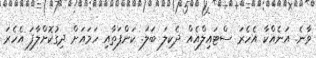
ވާނެ. އަނެއްކާ އެހެރަ ސްޓައިލްއެއް ދެކިލަ ބަލަ. ކަންފަތާއި ހަމައަށް ދިގުކޮށްލާފަ އެހެރަ